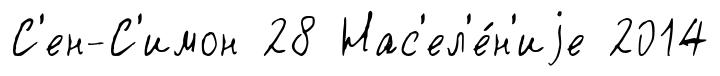
С'ен-С'имон 28 Нас'ел'е́н'иjе 2014